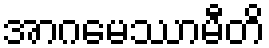
အာဂမေဿာမီတိ